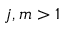
j , m > 1